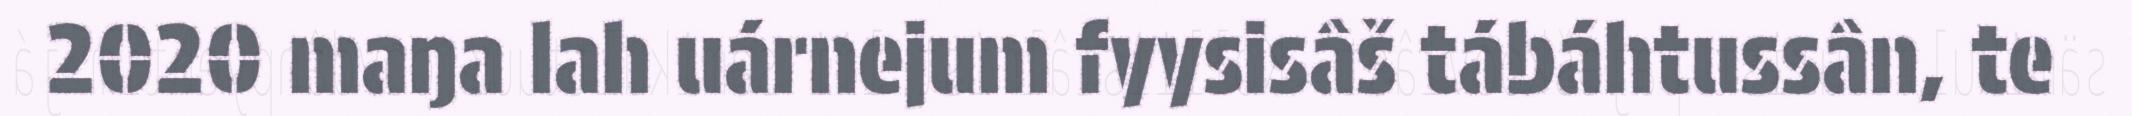
2020 maŋa lah uárnejum fyysisâš tábáhtussân, te